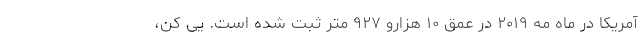
آمریکا در ماه مه ۲۰۱۹ در عمق ۱۰ هزارو ۹۲۷ متر ثبت شده است. یی کُن،